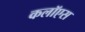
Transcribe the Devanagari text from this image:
कलॉएस